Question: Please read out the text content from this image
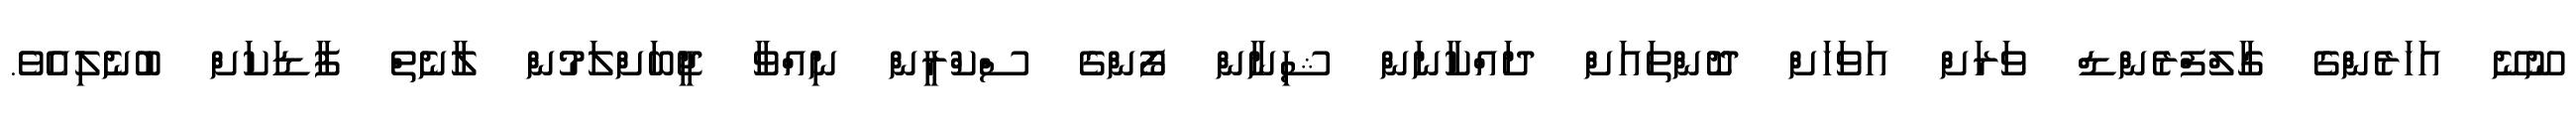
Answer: ނޫނޭ އަހަރެންގެ ގާލްފްރެންޑް ވަރަށް އަވަހަށް ދޮންތައަށް ދައްކާނަން ޝިނާން ފޯންގެ ސްކްރީން ނިއްވާ ޖީބަށްލަމުން ލާނެތް ފާޑަކަށް ބުނެލިއެވެ.